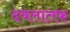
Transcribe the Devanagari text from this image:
दवलातफ